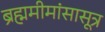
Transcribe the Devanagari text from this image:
ब्रह्ममीमांसासूत्र